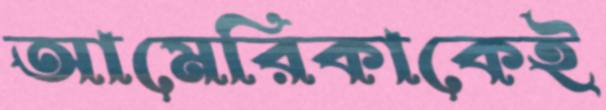
আমেরিকাকেই